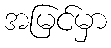
အမြင်မှာ